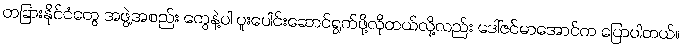
တခြားနိုင်ငံတွေ အဖွဲ့အစည်း တွေနဲ့ပါ ပူးပေါင်းဆောင်ရွက်ဖို့လိုတယ်လို့လည်း ဒေါ်ဇင်မာအောင်က ပြောပါတယ်။